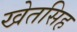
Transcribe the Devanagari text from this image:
खेतसिह